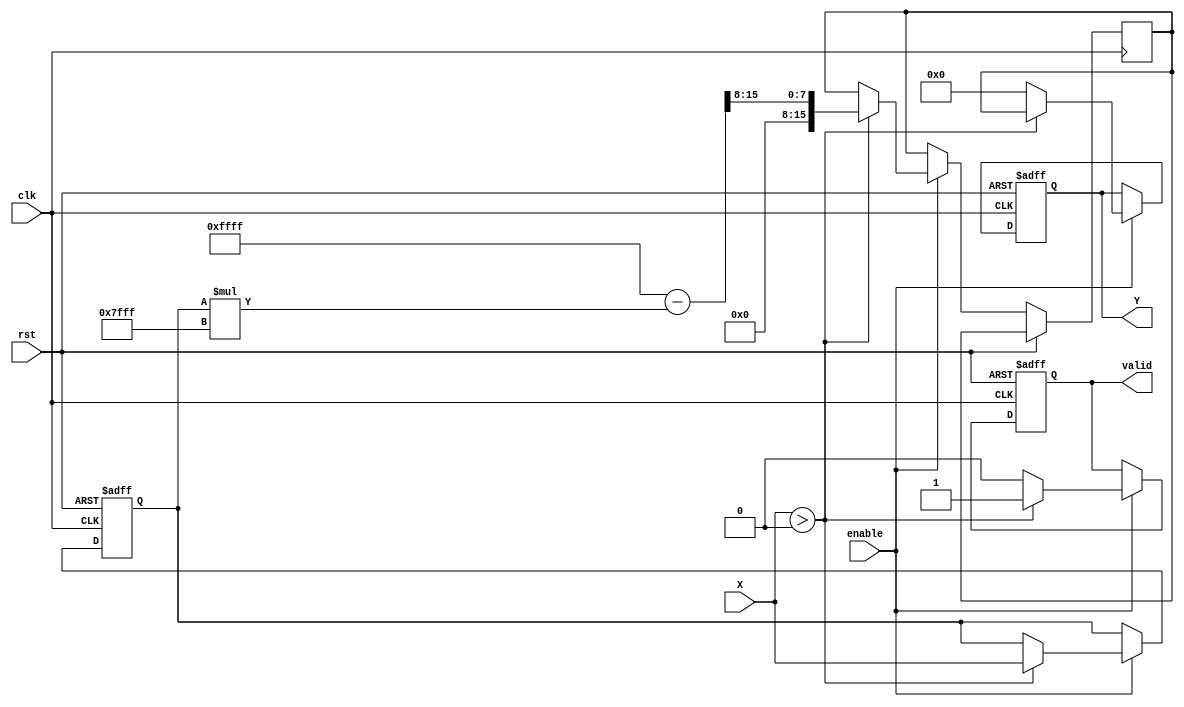
module approx_reciprocal #(
    parameter INPUT_WIDTH = 16,
    parameter OUTPUT_WIDTH = 16
)(
    input  wire                  clk,
    input  wire                  rst,
    input  wire                  enable,
    input  wire [INPUT_WIDTH-1:0] X,
    output reg  [OUTPUT_WIDTH-1:0] Y,
    output reg                  valid
);

    // Internal registers
    reg [INPUT_WIDTH-1:0] norm_X;
    reg [OUTPUT_WIDTH-1:0] approx_out;

    // Constant values for approximation (example constants for a simple polynomial)
    parameter [OUTPUT_WIDTH-1:0] A0 = 16'hFFFF; // Example coefficient
    parameter [OUTPUT_WIDTH-1:0] A1 = 16'h7FFF; // Example coefficient
    parameter [OUTPUT_WIDTH-1:0] A2 = 16'h3FFF; // Example coefficient

    // Normalization process (if necessary)
    always @(posedge clk or posedge rst) begin
        if (rst) begin
            norm_X <= 0;
            valid <= 0;
            Y <= 0;
        end else if (enable) begin
            // Ensure input X > 0 for valid reciprocal calculation
            if (X > 0) begin
                // Simple normalization, if needed, can adjust based on input range
                norm_X <= X;

                // Approximate reciprocal using a simple polynomial, e.g., Y = A0 + A1 * X^-1 + A2 * X^-2
                // Here we consider a simplified approach (1/X approximation)
                // Since we can't directly calculate 1/X in hardware without dedicated dividers,
                // we stick with A0 as an example constant, you can improve this further
                approx_out <= (A0 - (norm_X * A1)) >> 8; // Example operation
                
                // Output the approximate result
                Y <= approx_out;
                valid <= 1;
            end else begin
                // Handle saturation for invalid input (X <= 0)
                Y <= {OUTPUT_WIDTH{1'b0}}; // Output zero or a defined saturation value
                valid <= 0;
            end
        end
    end

endmodule